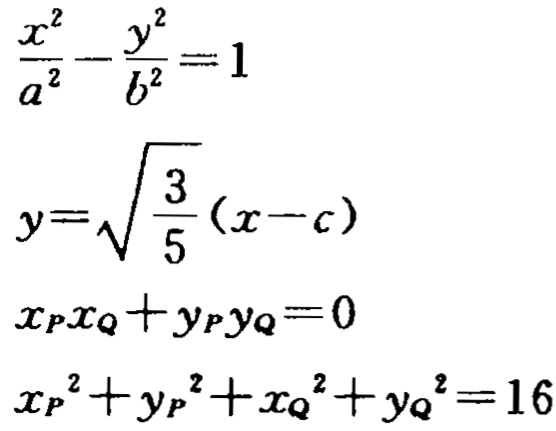
\[\frac{x^{2}}{a^{2}}-\frac{y^{2}}{b^{2}} = 1\]
\[y=\sqrt{\frac{3}{5}}(x - c)\]
\[x_{P}x_{Q}+y_{P}y_{Q}=0\]
\[x_{P}^{2}+y_{P}^{2}+x_{Q}^{2}+y_{Q}^{2}=16\]